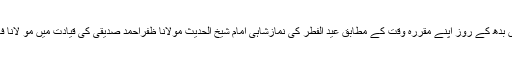
شہرکی شاہی عید گاہ میں بدھ کے روز اپنے مقررہ وقت کے مطابق عید الفطر کی نمازشاہی امام شیخ الحدیث مولانا ظفراحمد صدیقی کی قیادت میں مو لانا فارق ربانی نے ادا کرائی۔